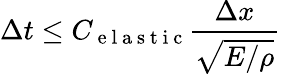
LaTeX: \Delta t\leq C_{\mathrm{~e~l~a~s~t~i~c~}}\frac{\Delta x}{\sqrt{E/\rho}}